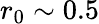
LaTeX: r_{0}\sim 0.5